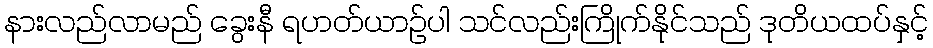
နားလည်လာမည် ခွေးနီ ရဟတ်ယာဉ်ပါ သင်လည်းကြိုက်နိုင်သည် ဒုတိယထပ်နှင့်